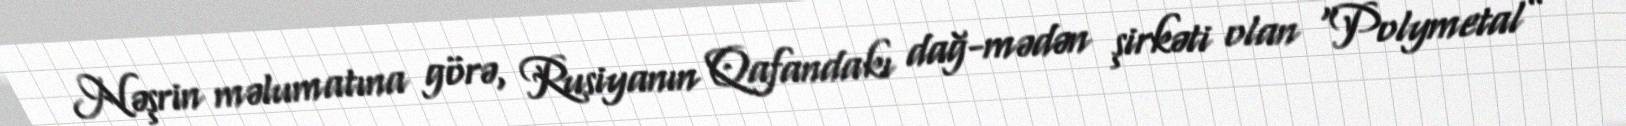
Nəşrin məlumatına görə, Rusiyanın Qafandakı dağ-mədən şirkəti olan “Polymetal”